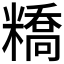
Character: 𥼱